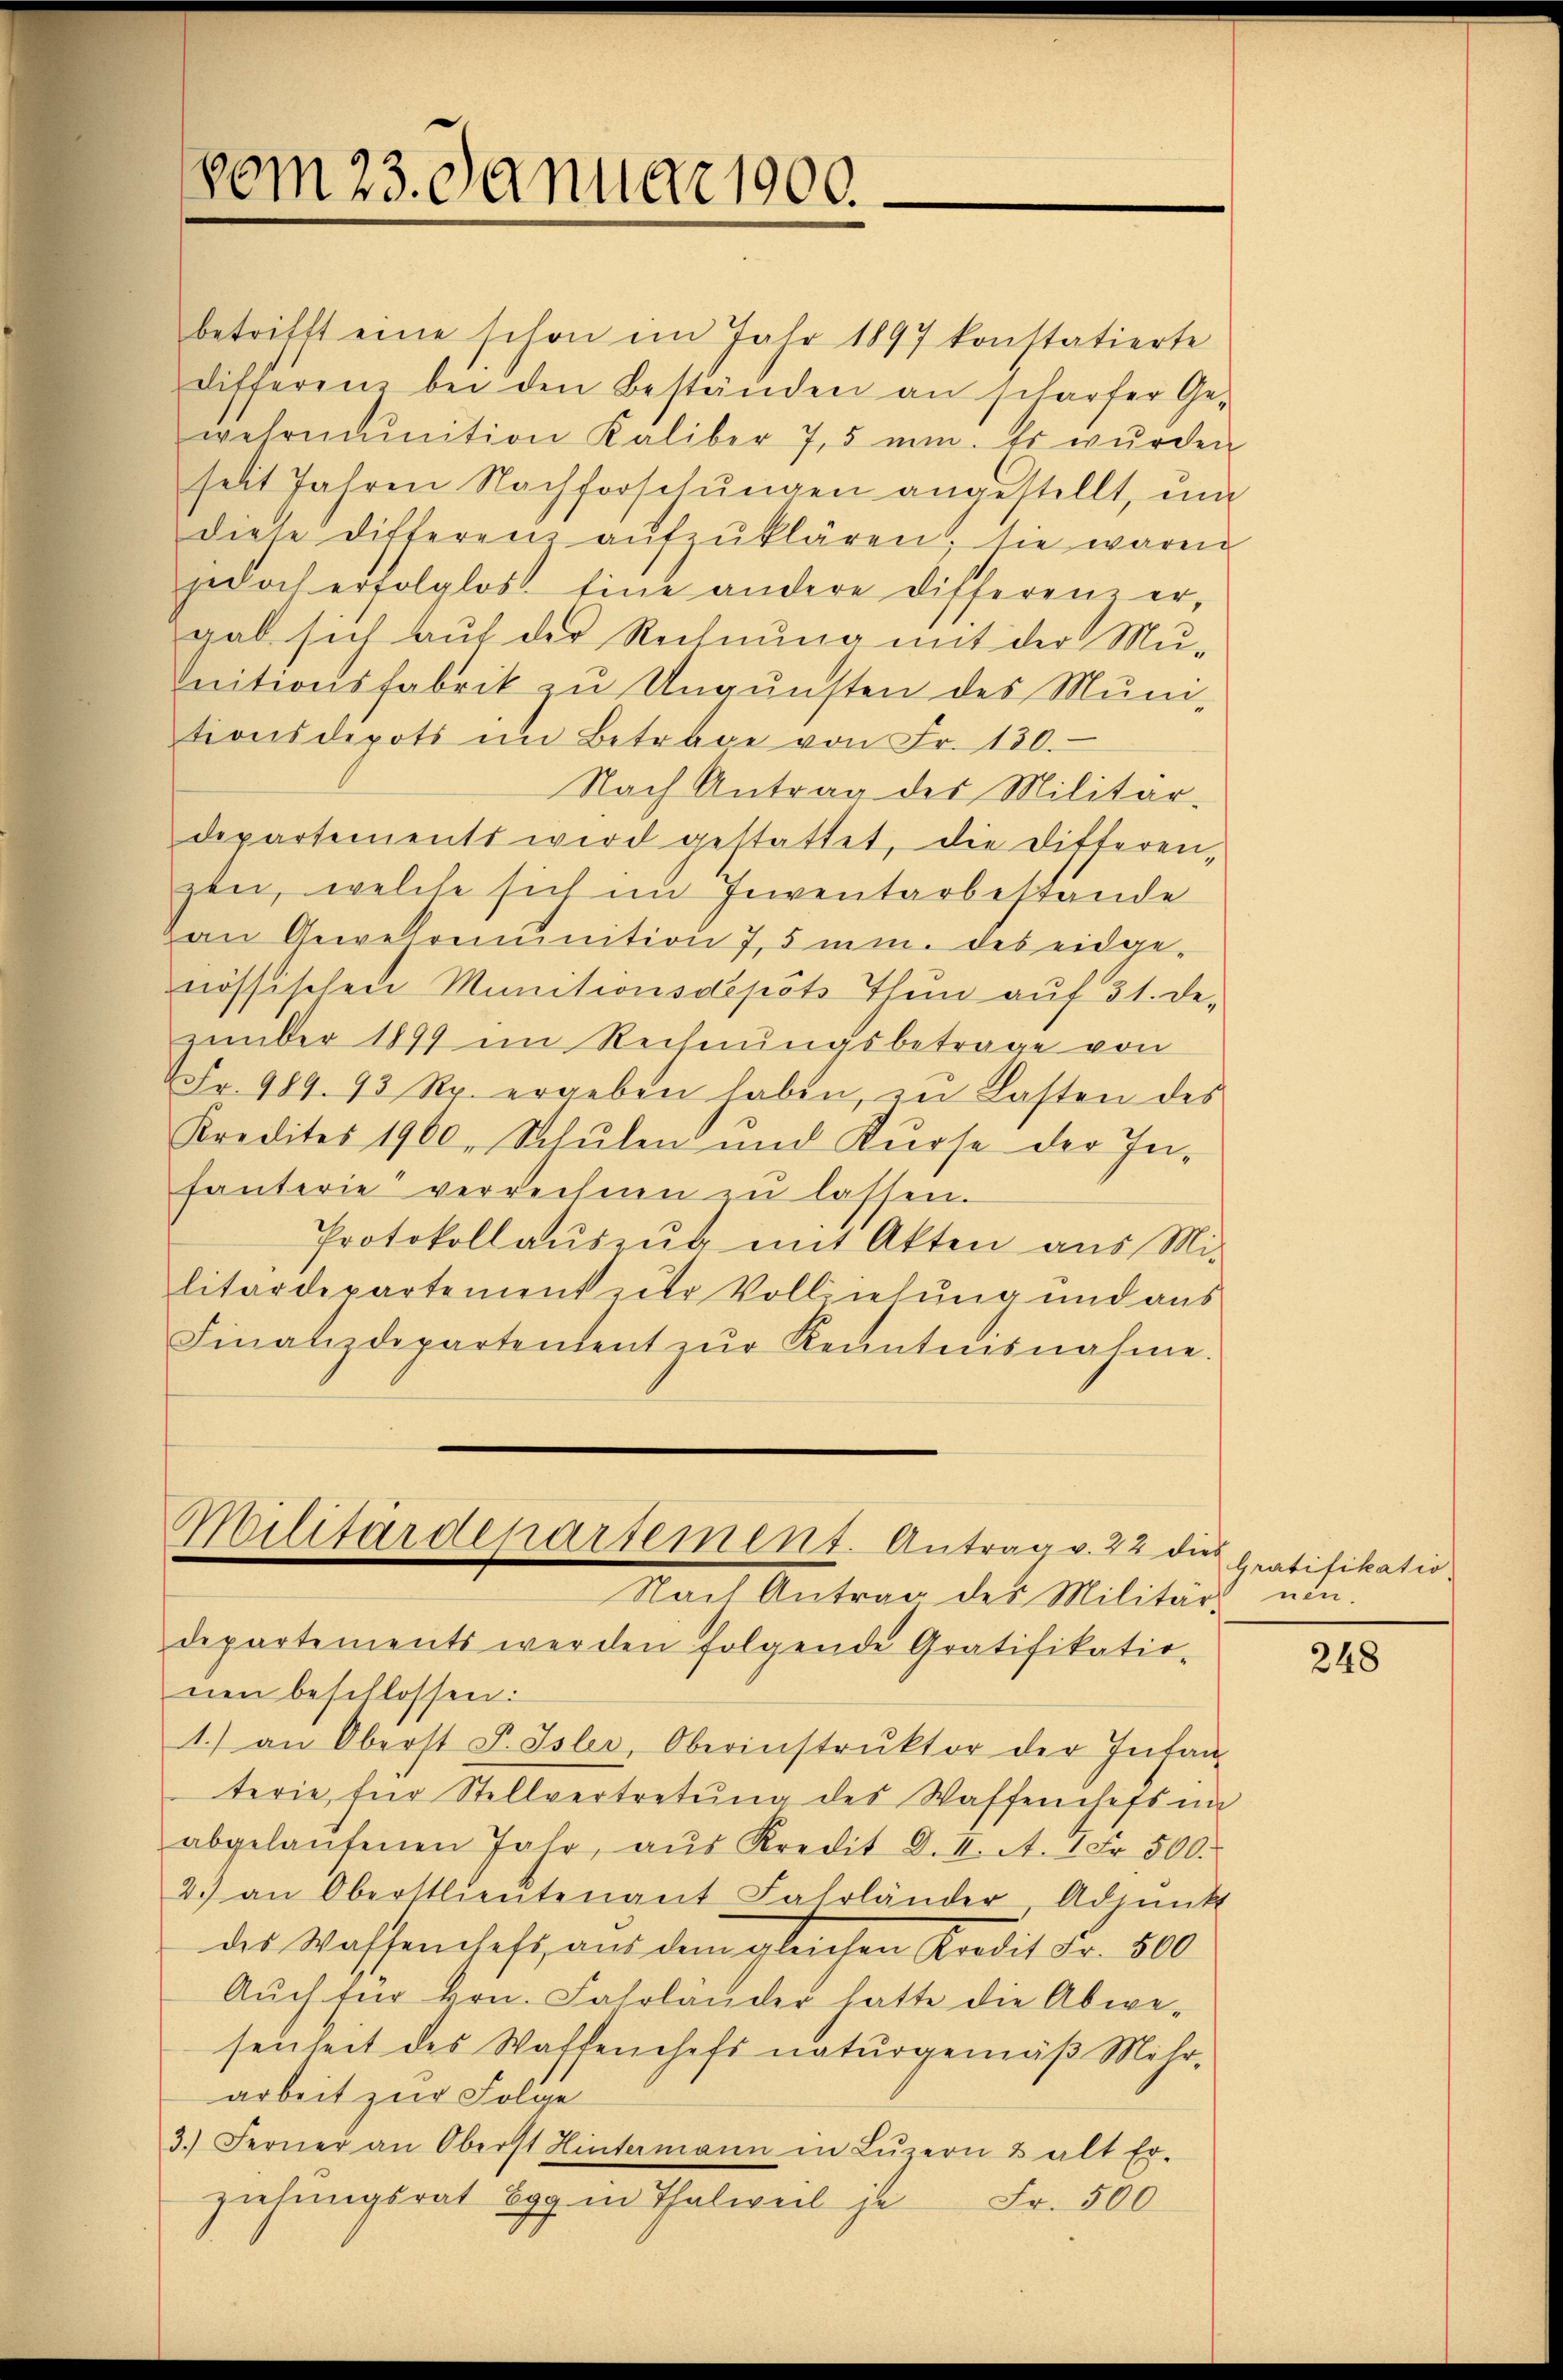
vom 23. Januar 1900.

betrifft eine schon im Jahr 1897 konstatierte
differenz bei den Beständen an scharfer Ge-
wehrinition Kaliber 7,5 min. Es wŭrden
seit Jahren Nachforschŭngen angestellt, ŭm
diese Differenz aŭfzŭklären, sie waren
jedoch erfolglos. Eine andere Differenz er-
gab sich auf der Rechnung mit der Mu¬
Initionsfabrik zu Ungunsten des Muni-
tionsdepots im Betrage von Fr. 130.
Nach Antrag des Militär-
departements wird gestattet, die Differen,
zen, welche sich im Inventarbestande
van Gewehrmmunition 7,5 min. des eidgenössischen Munitionsdepots Thun auf 31. De-
zember 1899 im Rechnungsbetrage von
" Fr. 989. 93 Rp. ergeben haben, in Lasten des
Kredites 1900, Schŭlen und Kurse der In-
fanterie verrechnen zŭ lassen.
Protokollaŭszŭb mit Akten aus Mi-
litärdepartement zur Vollziehung und aus
Finatizdepartentent zŭr Kenntnisnahme.
Militärdepartement. Antrag v. 22 die
Nach Antrag des Militärs ein-
departements werden folgende Gratifikatio-
nen beschlossen:
1.) an Oberst F. Isler, Oberinstrŭktor der Infan-
terie, für Stellvertretung des Waffenchefs in
abgelaŭfenen Jahr, aŭs Kredit d. II. A. 1 Fr. 500.
2.) an Oberstlieutenant Fahrländer-Adjunkt
des Wassenschaft, aus dem gleichen Kredit Fr. 500
Auch für Hrn. Fahrländer hatte die Abwesenheit des Waffenheft naturgemäβ Mehr-
arbeit zur Folge
3.) Ferner an Oberst Hintermann in Lŭzern & alt Er-
ziehungsrat Egg in Thalweil je
Fr. 500

Gratifikatio

248